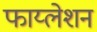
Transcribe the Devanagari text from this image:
फाय्लेशन